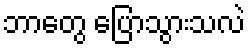
ဘာတွေ ပြောသွားသလဲ